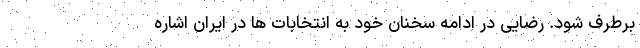
برطرف شود. رضایی در ادامه سخنان خود به انتخابات ها در ایران اشاره